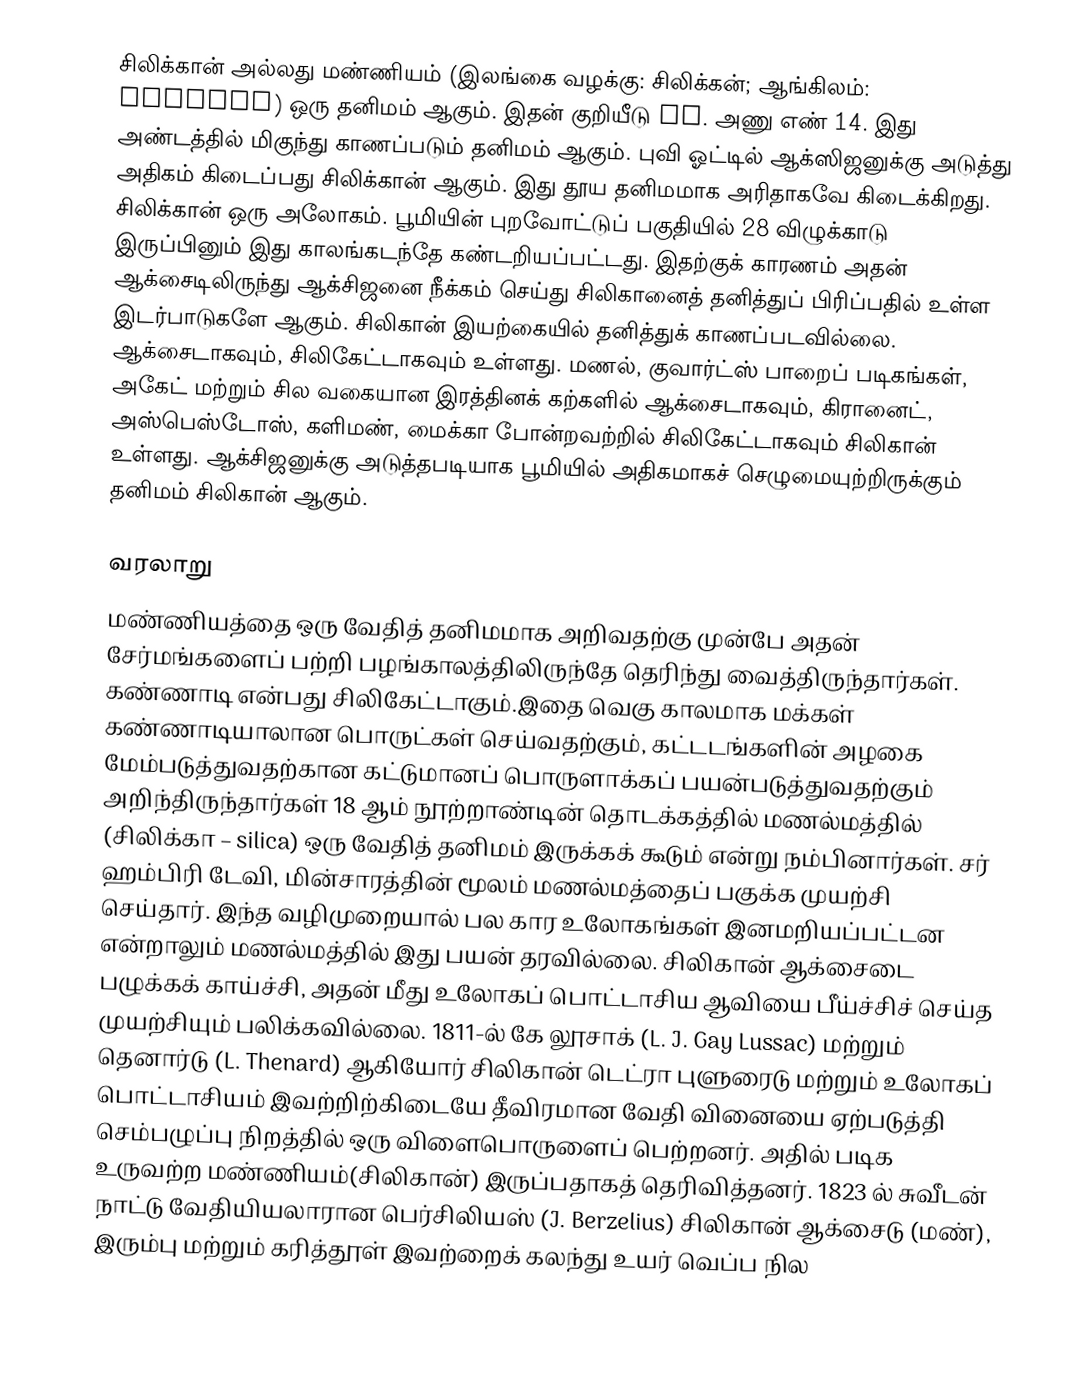
சிலிக்கான் அல்லது மண்ணியம் (இலங்கை வழக்கு: சிலிக்கன்; ஆங்கிலம்: Silicon) ஒரு தனிமம் ஆகும். இதன் குறியீடு Si. அணு எண் 14. இது அண்டத்தில் மிகுந்து காணப்படும் தனிமம் ஆகும். புவி ஓட்டில் ஆக்ஸிஜனுக்கு அடுத்து அதிகம் கிடைப்பது சிலிக்கான் ஆகும். இது தூய தனிமமாக அரிதாகவே கிடைக்கிறது. சிலிக்கான் ஒரு அலோகம். பூமியின் புறவோட்டுப் பகுதியில் 28 விழுக்காடு இருப்பினும் இது காலங்கடந்தே கண்டறியப்பட்டது. இதற்குக் காரணம் அதன் ஆக்சைடிலிருந்து ஆக்சிஜனை நீக்கம் செய்து சிலிகானைத் தனித்துப் பிரிப்பதில் உள்ள இடர்பாடுகளே ஆகும். சிலிகான் இயற்கையில் தனித்துக் காணப்படவில்லை. ஆக்சைடாகவும், சிலிகேட்டாகவும் உள்ளது. மணல், குவார்ட்ஸ் பாறைப் படிகங்கள், அகேட் மற்றும் சில வகையான இரத்தினக் கற்களில் ஆக்சைடாகவும், கிரானைட், அஸ்பெஸ்டோஸ், களிமண், மைக்கா போன்றவற்றில் சிலிகேட்டாகவும் சிலிகான் உள்ளது. ஆக்சிஜனுக்கு அடுத்தபடியாக பூமியில் அதிகமாகச் செழுமையுற்றிருக்கும் தனிமம் சிலிகான் ஆகும்.

வரலாறு
மண்ணியத்தை ஒரு வேதித் தனிமமாக அறிவதற்கு முன்பே அதன் சேர்மங்களைப் பற்றி பழங்காலத்திலிருந்தே தெரிந்து வைத்திருந்தார்கள். கண்ணாடி என்பது சிலிகேட்டாகும்.இதை வெகு காலமாக மக்கள் கண்ணாடியாலான பொருட்கள் செய்வதற்கும், கட்டடங்களின் அழகை மேம்படுத்துவதற்கான கட்டுமானப் பொருளாக்கப் பயன்படுத்துவதற்கும் அறிந்திருந்தார்கள் 18 ஆம் நூற்றாண்டின் தொடக்கத்தில் மணல்மத்தில் (சிலிக்கா – silica) ஒரு வேதித் தனிமம் இருக்கக் கூடும் என்று நம்பினார்கள். சர் ஹம்பிரி டேவி, மின்சாரத்தின் மூலம் மணல்மத்தைப் பகுக்க முயற்சி செய்தார். இந்த வழிமுறையால் பல கார உலோகங்கள் இனமறியப்பட்டன என்றாலும் மணல்மத்தில் இது பயன் தரவில்லை. சிலிகான் ஆக்சைடை பழுக்கக் காய்ச்சி, அதன் மீது உலோகப் பொட்டாசிய ஆவியை பீய்ச்சிச் செய்த முயற்சியும் பலிக்கவில்லை. 1811-ல்  கே லூசாக் (L. J. Gay Lussac) மற்றும் தெனார்டு (L. Thenard) ஆகியோர் சிலிகான் டெட்ரா புளுரைடு மற்றும் உலோகப் பொட்டாசியம் இவற்றிற்கிடையே தீவிரமான வேதி வினையை ஏற்படுத்தி செம்பழுப்பு நிறத்தில் ஒரு விளைபொருளைப் பெற்றனர். அதில் படிக உருவற்ற மண்ணியம்(சிலிகான்) இருப்பதாகத் தெரிவித்தனர். 1823 ல் சுவீடன் நாட்டு வேதியியலாரான பெர்சிலியஸ் (J. Berzelius) சிலிகான் ஆக்சைடு (மண்), இரும்பு மற்றும் கரித்தூள் இவற்றைக் கலந்து உயர் வெப்ப நில